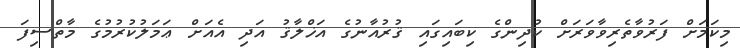
މިކަމަށް ފަރުވާތެރިވާވަރަށް ކުދިންގެ ކިބައިގައި ޤުރުއާނުގެ އަޚްލާޤު އަދި އެއަށް ޢަމަލުކުރުމުގެ މާތްސިފަ